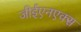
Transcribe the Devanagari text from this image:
जीईएनएक्स